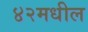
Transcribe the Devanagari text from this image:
४२मधील